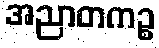
အညာတကဉ္စ